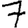
Digit: 7